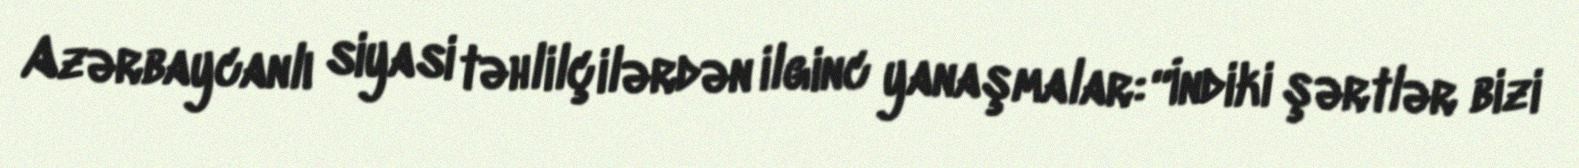
Azərbaycanlı siyasi təhlilçilərdən ilginc yanaşmalar: “İndiki şərtlər bizi